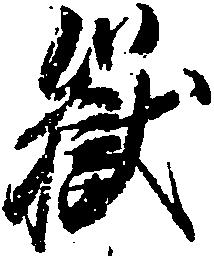
岳